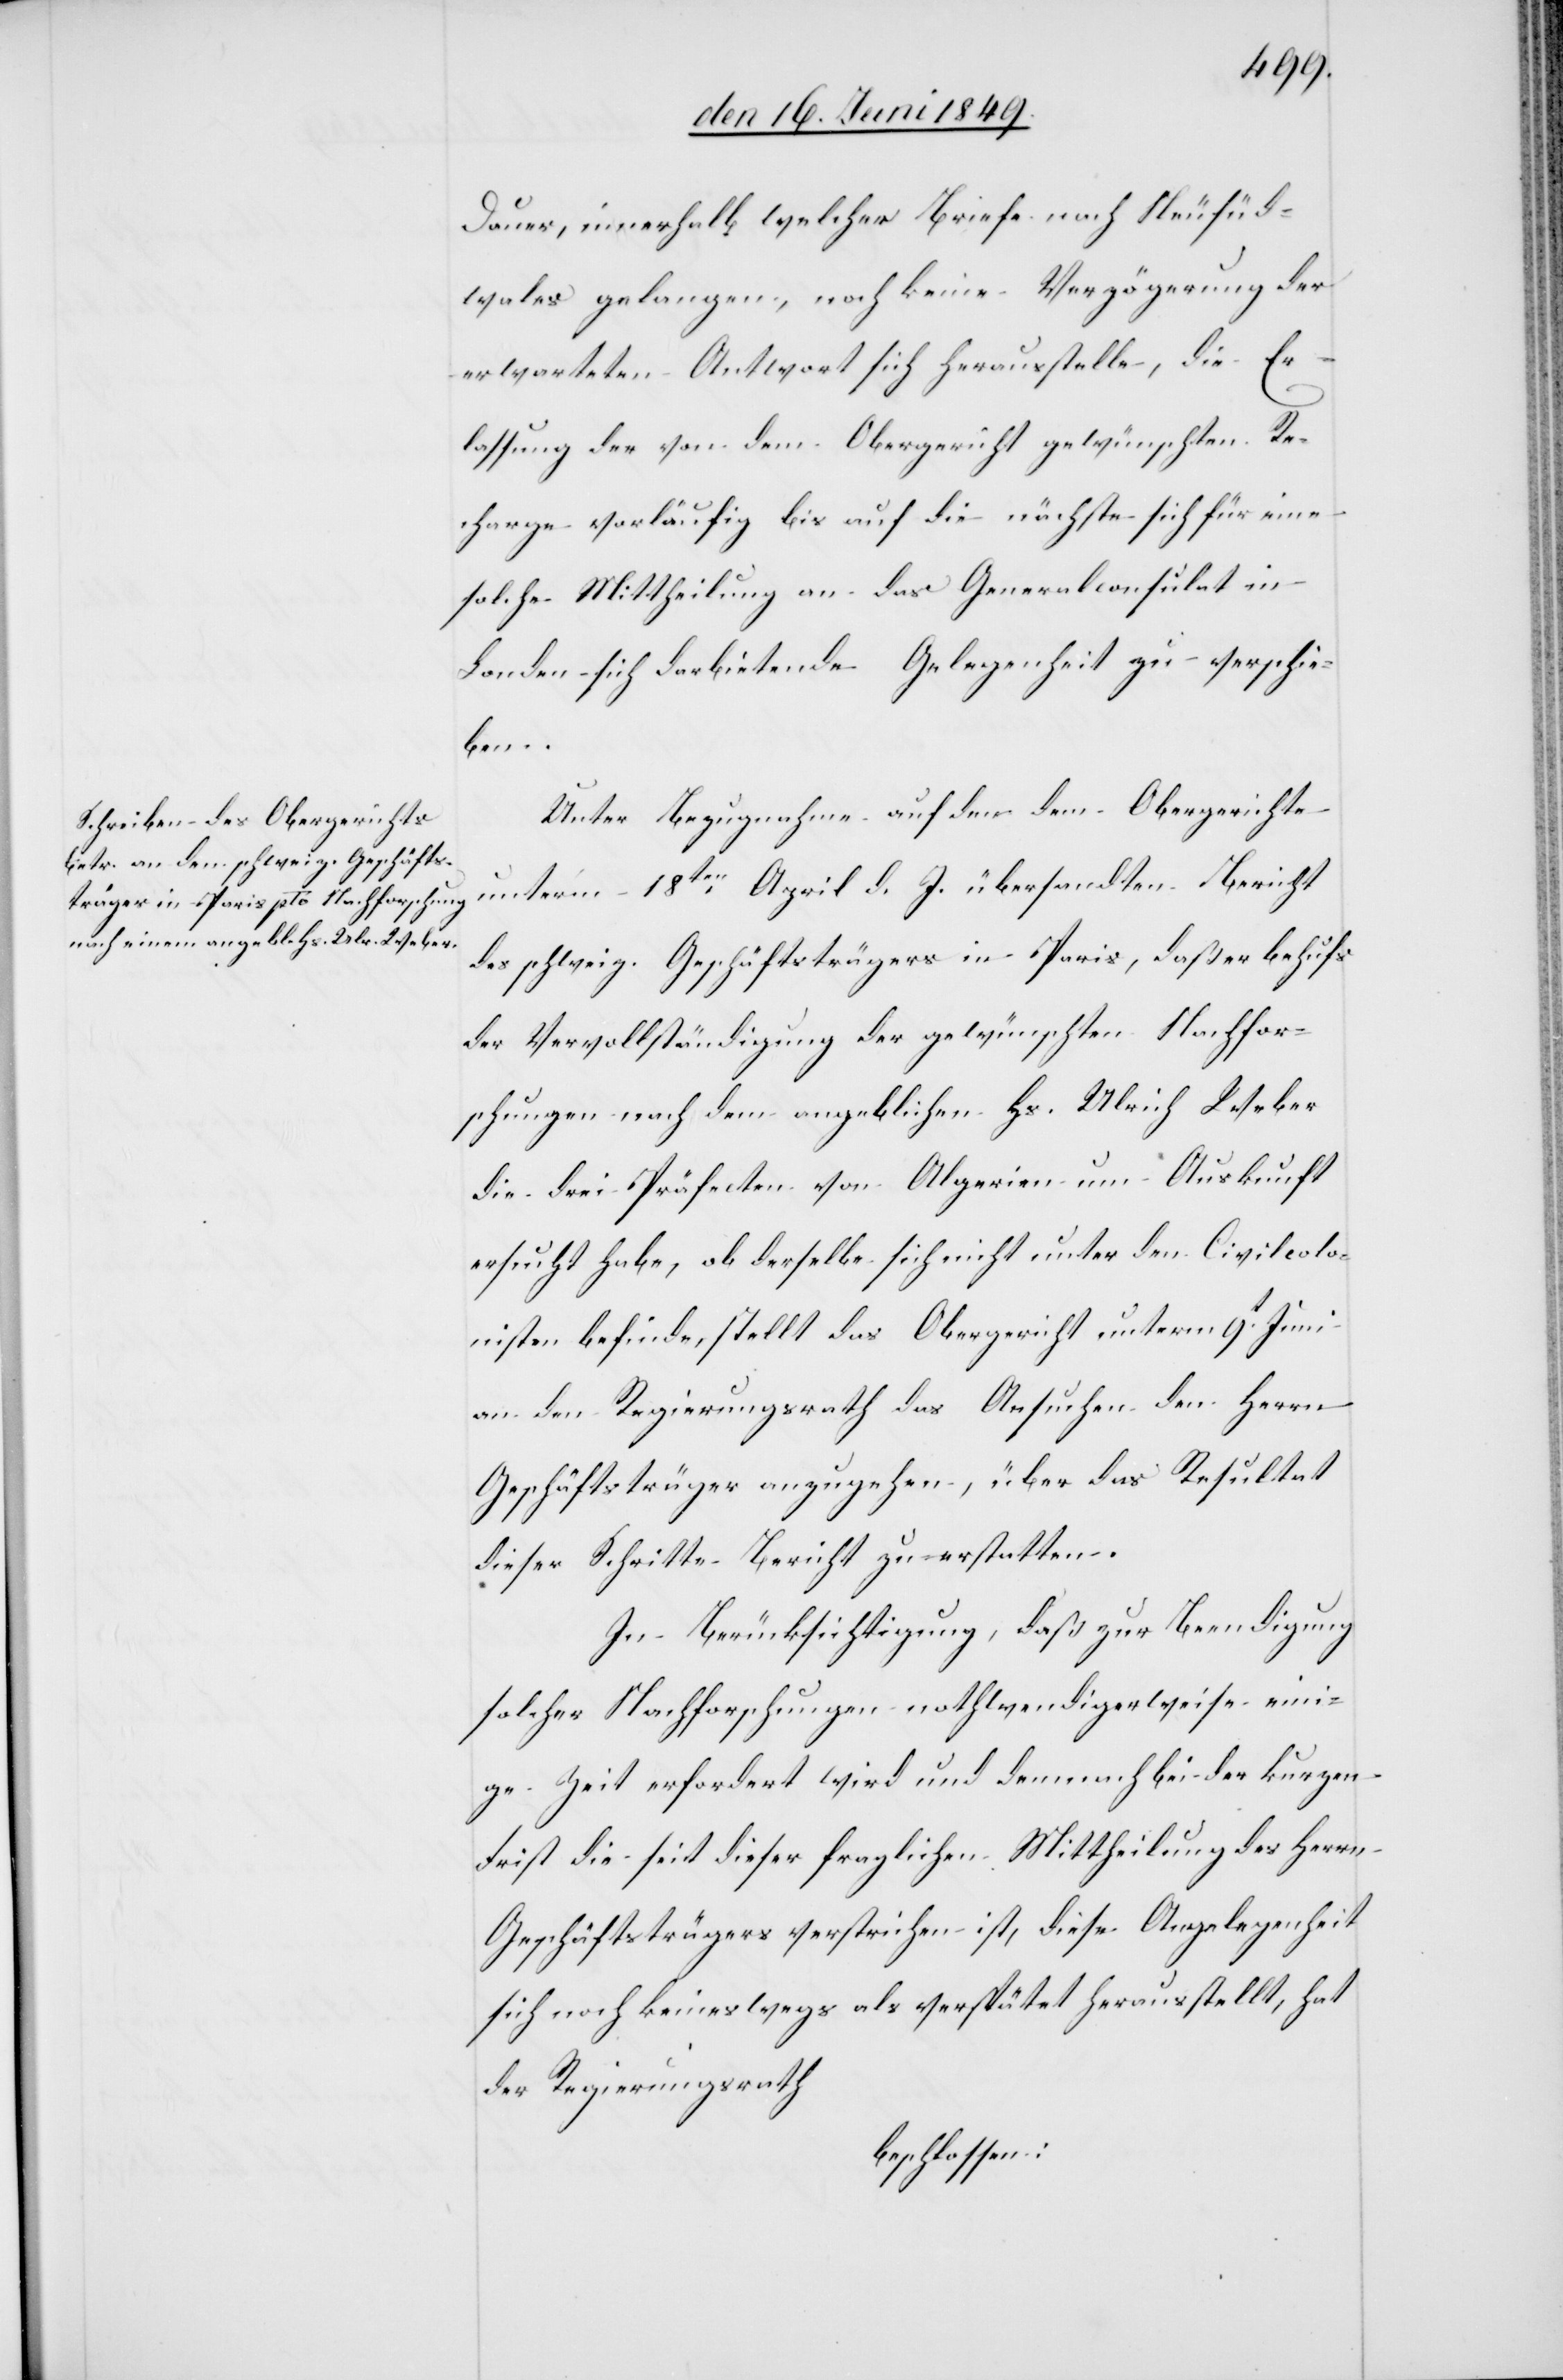
Dauer, innerhalb welcher Briefe nach Neusüd¬
wales [sic!] gelangen, noch keine Verzögerung der
erwarteten Antwort sich herausstelle, die Er¬
lassung der von dem Obergericht gewünschten Re¬
charge vorläufig bis auf die nächste sich für eine
solche Mittheilung an das Generalconsulat in
London sich darbietende Gelegenheit zu verschie¬
ben.
Unter Bezugnahme auf den dem Obergerichte
unterm 18ten April d. J. übersandten Bericht
des schweiz. Geschäftsträgers in Paris, daß er behufs
der Vervollständigung der gewünschten Nachfor¬
schungen nach dem angeblichen Hs. Ulrich Weber
die drei Präfecten von Algerien um Auskunft
ersucht habe, ob derselbe sich nicht unter den Civilcolo¬
nisten befinde, stellt das Obergericht unterm 9t Juni
an den Regierungsrath das Ansuchen den Herrn
Geschäftsträger anzugehen, über das Resultat
dieser Schritte Bericht zu erstatten.
In Berücksichtigung, daß zur Beendigung
solcher Nachforschungen nothwendigerweise eini¬
ge Zeit erfordert wird und demnach bei der kurzen
Frist die seit dieser fraglichen Mittheilung des Herrn
Geschäftsträgers verstrichen ist, diese Angelegenheit
sich noch keineswegs als verspätet herausstellt, hat
der Regierungsrath
beschlossen: